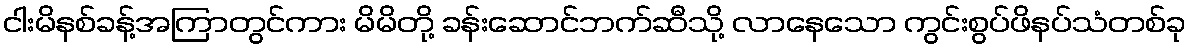
ငါးမိနစ်ခန့်အကြာတွင်ကား မိမိတို့ ခန်းဆောင်ဘက်ဆီသို့ လာနေသော ကွင်းစွပ်ဖိနပ်သံတစ်ခု